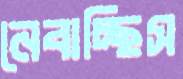
নেবাচ্ছিস